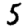
Digit: 5